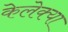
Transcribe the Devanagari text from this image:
केलेक्या